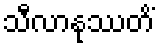
သီလာနုဿတိံ